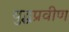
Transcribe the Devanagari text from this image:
युद्धप्रवीण